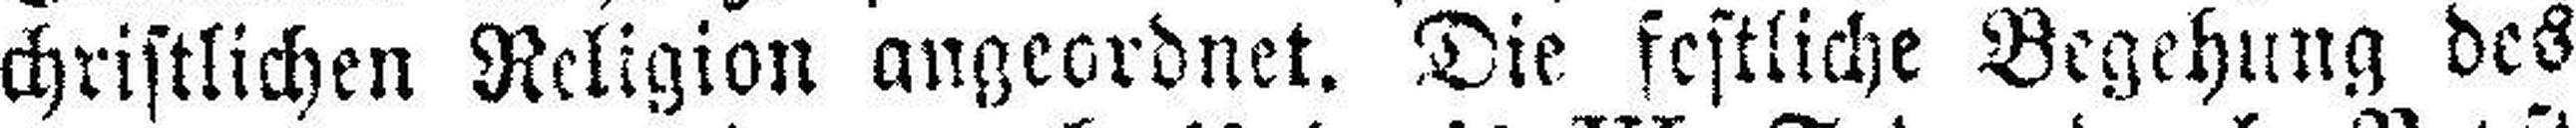
christlichen Religion angeordnet. Die festliche Begehung des